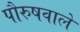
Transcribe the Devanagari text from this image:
पौरुषवाले